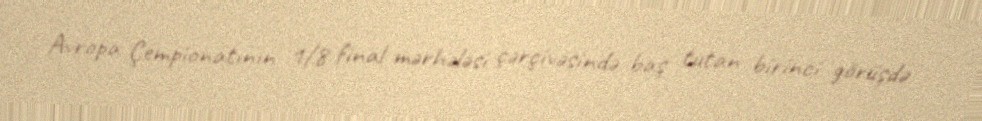
Avropa Çempionatının 1/8 final mərhələsi çərçivəsində baş tutan birinci görüşdə